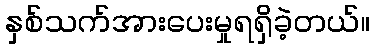
နှစ်သက်အားပေးမှုရရှိခဲ့တယ်။